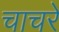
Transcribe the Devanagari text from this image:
चाचरे